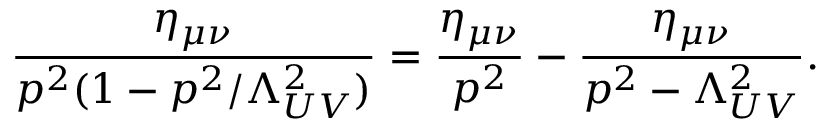
\frac { \eta _ { \mu \nu } } { p ^ { 2 } ( 1 - p ^ { 2 } / \Lambda _ { U V } ^ { 2 } ) } = \frac { \eta _ { \mu \nu } } { p ^ { 2 } } - \frac { \eta _ { \mu \nu } } { p ^ { 2 } - \Lambda _ { U V } ^ { 2 } } .